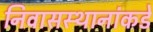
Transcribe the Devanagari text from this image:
निवासस्थानांकडे